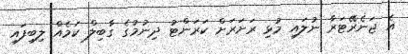
އެ ޖަނެރޭޓަރާ ނުލައި މުޅި ރަށަރަށް ކަރަންޓު ދިނުމުގެ ގާބިލް ކަމެއް ލިބިފައި